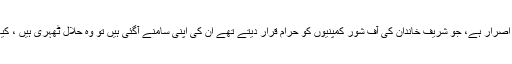
مجھے کہنے دیجئے کہ کرپٹ یہاں کون نہیں ہے، کس کو یہاں سادھو ہونے پر اصرار ہے، جو شریف خاندان کی آف شور کمپنیوں کو حرام قرار دیتے تھے ان کی اپنی سامنے آگئی ہیں تو وہ حلال ٹھہری ہیں ، کیا یہ وقت نہیں کہ ایک ایسا نظام وضع کر لیا جائے جو ہر کسی کا احتساب کرے۔